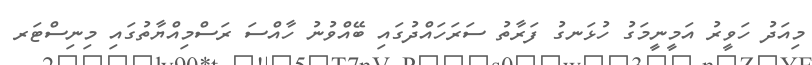
މިއަދު ހަވީރު އަމީނީމަގު ހުޅަނގު ފަރާތު ސަރަހައްދުގައި ބޭއްވުނު ހާއްސަ ރަސްމިއްޔާތުގައި މިނިސްޓަރ